Annual report on the working of the mental hospitals in the Madras Presidency - 1912-1932
Year: 1912
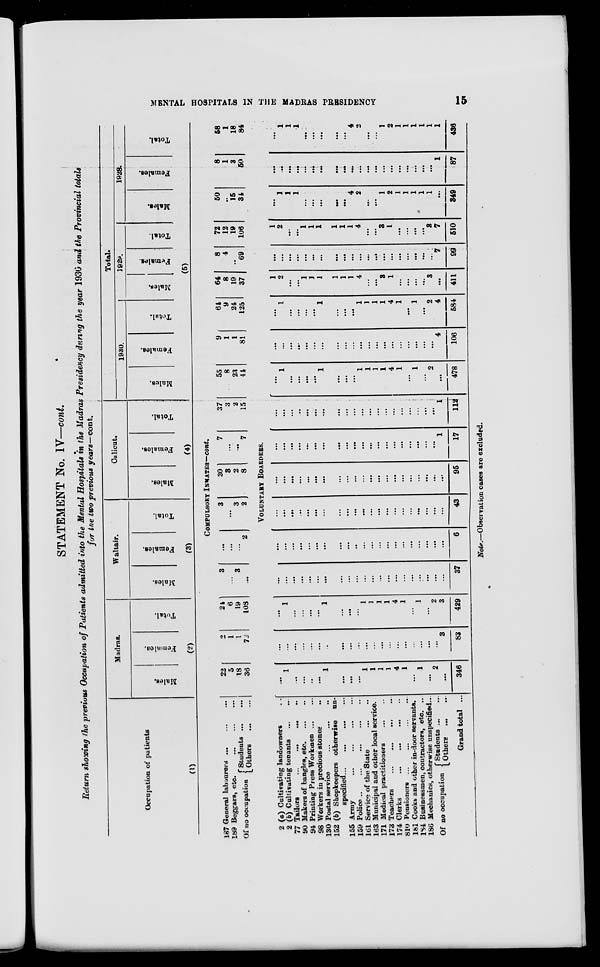
MENTAL HOSPITALS IN THE MADRAS PRESIDENCY
15
STATEMENT No. IV—cont.
Return showing the previous Occupation of Patients admitted into the Mental Hospitals in the Madras Presidency during the year 1930 and the Provincial totals
for the two previous years—cont.
Occupation of patients
(1)
187
189
General labourers ... ... ... ...
Beggars, etc. ... ... ... ...
Of no occupation Students
...
...
Others
...
...
2
2
77
90
94
98
130
152
155
159
161
163
171
173
174
810
181
184
186
(a) Cultivating landowners ...
(b) Cultivating tenants
...
...
Tailors
...
...
...
...
Makers of bangles, etc. ... ...
Printing Press Workmen ... ...
Workers in precious stones ...
Postal service
...
...
...
(b) Shopkeepers otherwise un-
specified ...
Army
...
...
...
...
Police
...
...
...
...
...
Service of the State
...
...
Municipal and other local service.
Medical practitioners ... ...
Teachers ... ... ... ...
Clerks
...
...
...
...
Pensioners ... ... ... ...
Cooks and other in-door servants.
Businessmen, contractors, etc. ...
Mechanics, otherwise unspecified ...
Of no occupation
Students ... ...
Others
...
...
Grand total ...
Madras.
Males.
Females.
Total.
(2)
Waltair.
Males.
Females.
Total.
(3)
Calicut.
Males.
Females.
Total.
(4)
Total.
1930.
Males.
Females.
Total.
1929.
Males.
Females.
Total.
1928.
Males.
Females.
Total.
(5)
COMPULSORY INMATES—cont.
22
5
18
36
2
1
1
73
24
6
19
108
3
...
3
...
...
...
...
2
3
...
3
2
30
3
2
8
7
...
...
7
37
3
2
15
55
8
23
44
9
1
1
81
64
9
24
125
64
8
19
37
8
4
...
69
72
12
19
106
50
...
15
34
8
1
3
50
58
1
18
84
VOLUNTARY BOARDERS.
...
1
...
...
...
...
1
...
...
...
1
1
1
1
4
1
...
1
...
2
...
346
...
...
...
...
...
...
...
...
...
...
...
...
...
...
...
...
...
...
...
...
3
83
...
1
...
...
...
...
1
...
...
...
1
1
1
1
4
1
...
1
...
2
3
429
...
...
...
...
...
...
...
...
...
...
...
...
...
...
...
...
...
...
...
...
...
37
...
...
...
...
...
...
...
...
...
...
...
...
...
...
...
...
...
...
...
...
...
6
...
...
...
...
...
...
...
...
...
...
...
...
...
...
...
...
...
...
...
...
...
43
...
...
...
...
...
...
...
...
...
...
...
...
...
...
...
...
...
...
...
...
...
95
...
...
...
...
...
...
...
...
...
...
...
...
...
...
...
...
...
...
...
...
1
17
...
...
...
...
...
...
...
...
...
...
...
...
...
...
...
...
...
...
...
1
112
...
1
...
...
...
...
1
...
...
...
1
1
1
1
4
1
...
1
...
2
...
478
...
...
...
...
...
...
...
...
...
...
...
...
...
...
...
...
...
...
...
...
4
106
...
1
...
...
...
...
1
...
...
...
1
1
1
1
4
1
...
1
...
2
4
584
1
2
...
...
1
1
1
1
1
1
4
...
...
3
1
...
...
...
...
3
...
411
...
...
...
...
...
...
...
...
...
...
...
...
...
...
...
...
...
...
...
...
7
99
1
2
...
...
1
1
1
1
1
1
4
...
...
3
1
...
...
...
...
3
7
510
...
1
1
1
...
...
...
...
...
4
2
...
...
1
2
1
1
1
1
1
...
349
...
...
...
...
...
...
...
...
...
...
...
...
...
...
...
...
...
...
...
...
1
87
...
1
1
1
...
...
...
...
...
4
2
...
...
1
2
1
1
1
1
1
1
436
Note.—Observation cases are excluded.